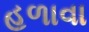
હળાવા